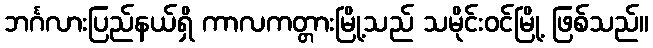
ဘင်္ဂလားပြည်နယ်ရှိ ကာလကတ္တားမြို့သည် သမိုင်းဝင်မြို့ ဖြစ်သည်။